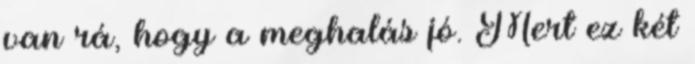
van rá, hogy a meghalás jó. Mert ez két